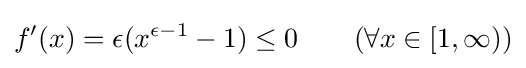
f'(x)=\epsilon (x^{\epsilon -1}-1)\leq 0\qquad (\forall x\in [1,\infty ))